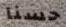
حسنا